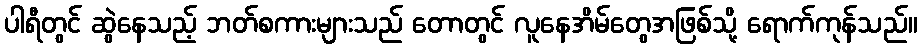
ပါရီတွင် ဆွဲနေသည့် ဘတ်စကားများသည် တောတွင် လူနေအိမ်တွေအဖြစ်သို့ ရောက်ကုန်သည်။